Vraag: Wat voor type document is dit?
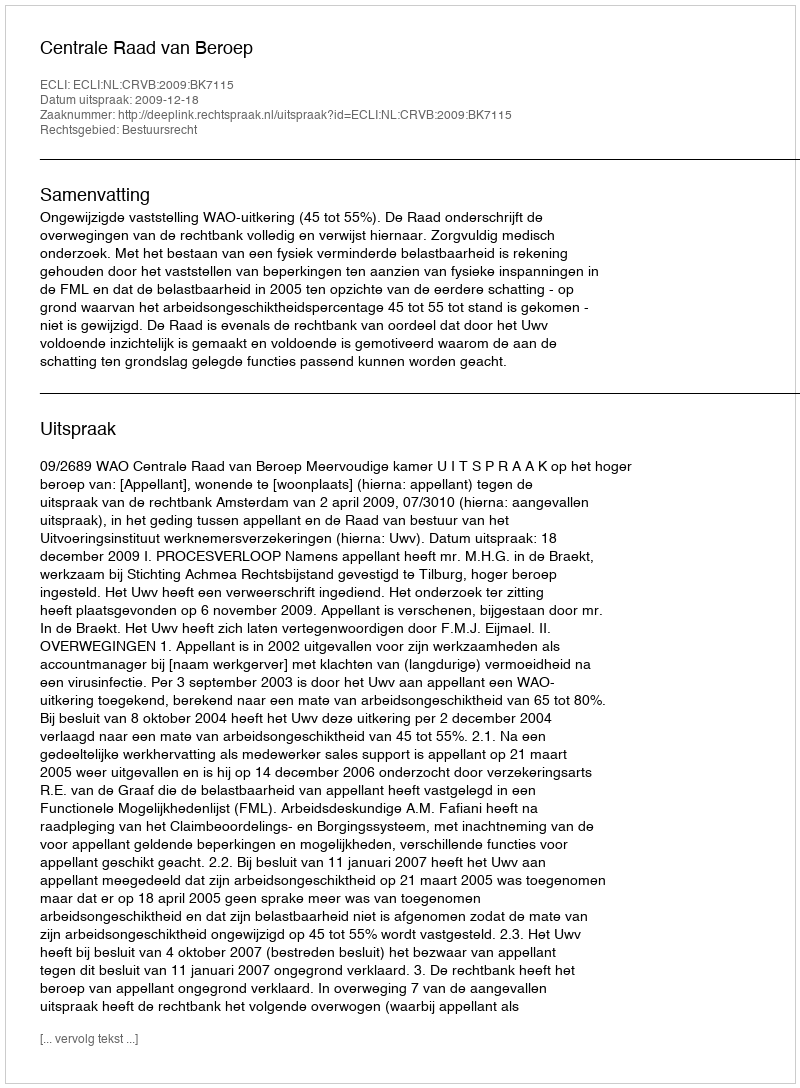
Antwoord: Uitspraak